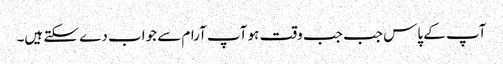
آپ کے پاس جب جب وقت ہو آپ آرام سے جواب دے سکتے ہیں۔